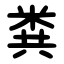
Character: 粪